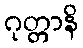
ဂုတ္တာနိ